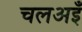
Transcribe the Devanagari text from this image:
चलअइँ